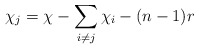
\begin{align*}\chi_j = \chi - \sum\limits_{i \neq j} \chi_i - (n-1)r\end{align*}